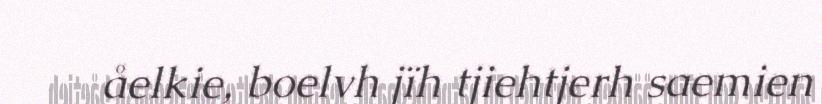
åelkie, boelvh jïh tjiehtjerh saemien